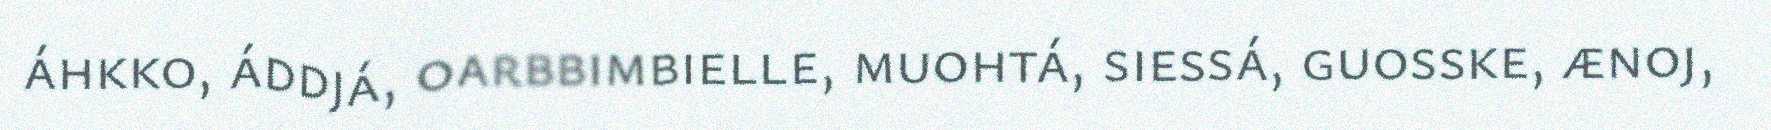
áhkko, áddjá, oarbbimbielle, muohtá, siessá, guosske, ænoj,